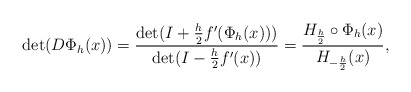
\begin{align*}\det( D\Phi_h(x)) =\frac{\det(I+\frac{h}{2}f'(\Phi_h(x)))}{\det(I-\frac{h}{2}f'(x))}=\frac{H_{\frac{h}{2}}\circ\Phi_h(x)}{H_{-\frac{h}{2}}(x)},\end{align*}